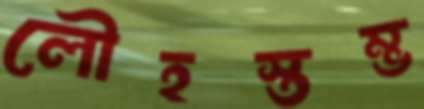
লৌহস্তম্ভ